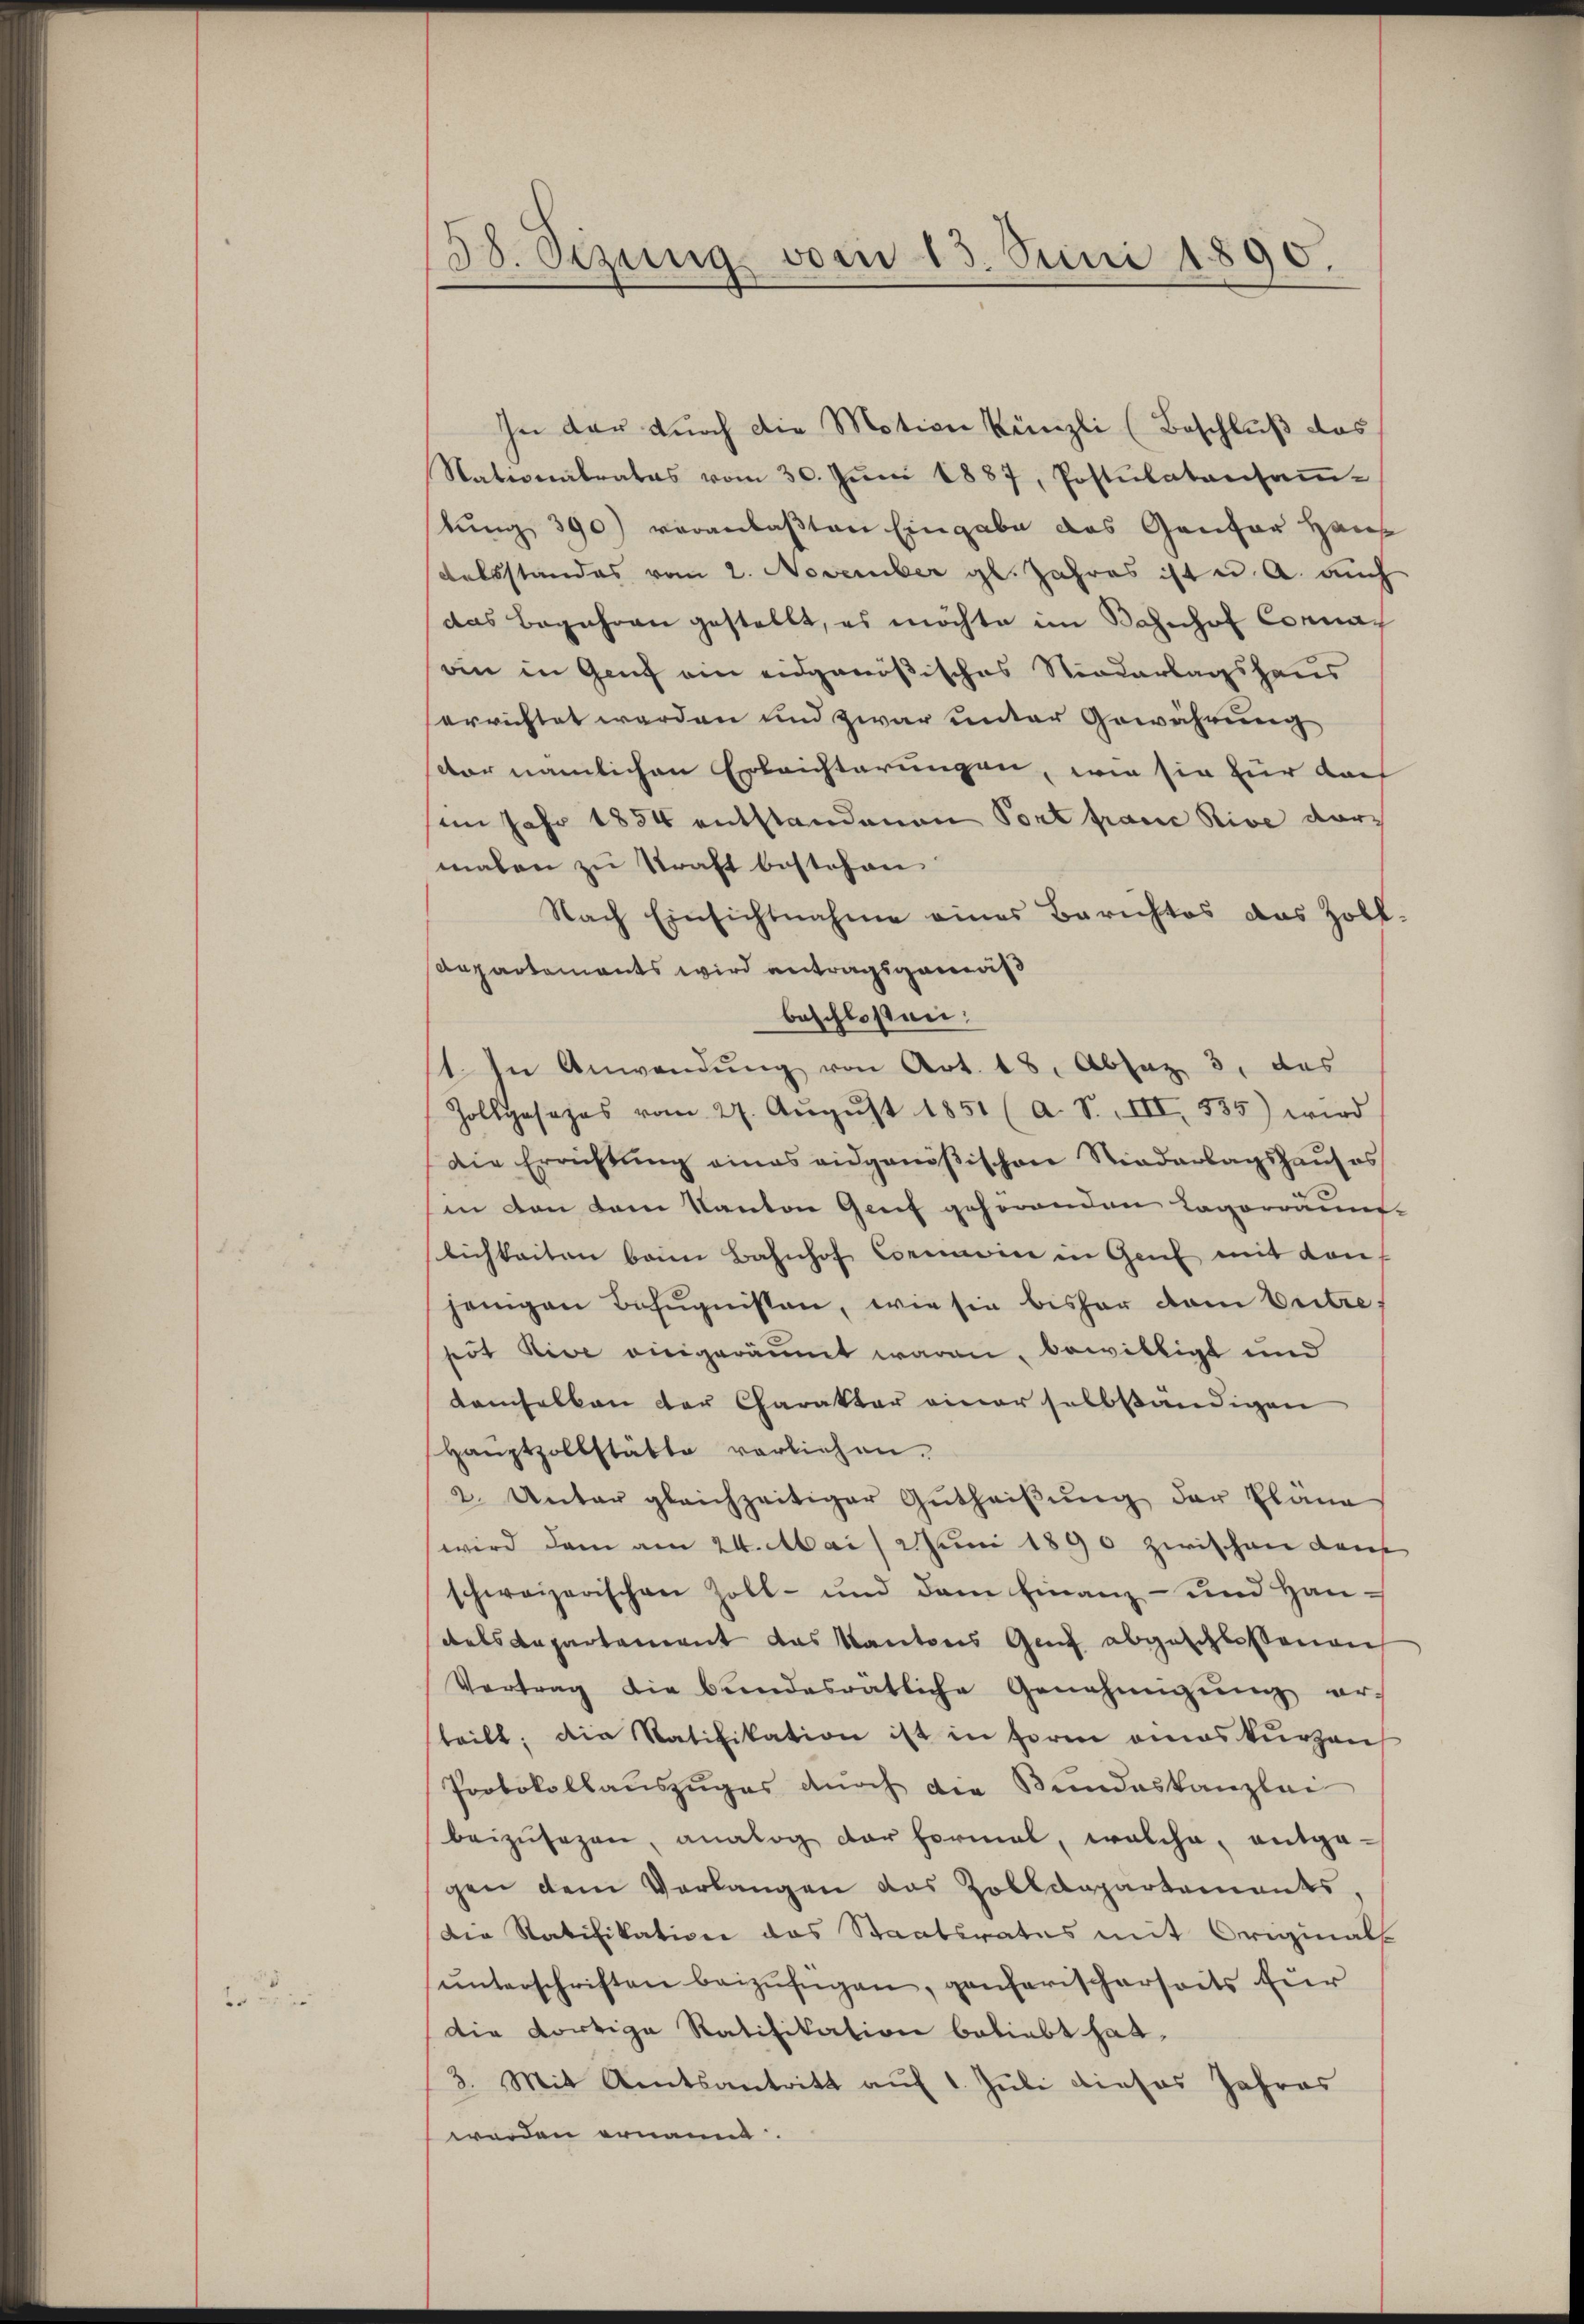
6

38. Sezung vom 13. Juni 1890.

In der durch die Motion Künzli (Beschluß das
Nationalrates vom 30. Juni 1887, Postulatansamm-
stung 390) veranlaßten Eingabe das Ganzer Haus
dalsstandes vom 2. November gl. Jahres ist u. a. auch
das Begehren gestellt, es möchte im Bahnhof Connan
an in Genf ein eidgenößisches Niederlagshaus
errichtet werden und zwar unter Gewährung
vor nämlichen Erleichterungen, wie sie für daf
im Jahr 1854 entstandenen Port fraue Rive vormalen zu Kraft bestehen
Nach Einsichtnahme eines Berichtes das Zoll-
Departements wird antragsgemäß
beschlossen:
st. In Anwendŭng von Art. 18. Absaz 3. das
Zollgosapas vom 27. Aŭgŭst 1851 (a. S. III, 535) wird
Die Errichtung eines eidgenößischen Stiederlagshaus es
in von dem Kanton Genf gehörenden Lagorräunt-
lichkeiten beim Bahnhof Convice in Genf mit den
jenigen Bezŭgnissen, wie sie bisher dem Pritze
sit dive einigeräumt waren, bewilligt und
damselben der Charakter einer selbständigen
Haŭptzollstätte vorliehen.
2. Unter gleichzeitiger Gŭtheiβŭng der Pläne
wird dem am 24. Mai uni 1890 zwischen dans
schweizerischen Zoll- und dem Finanz- und Han-
dels Repartement das Kantons Gut abgeschlossenen
Vertrag die bundesrätliche Genehmigŭng erteilt; die Ratifikation ist in Form eines kurzen
Protokollauszuges durch die Bundeskanzlei
beizŭsezen, analog dar formal, welche, entga-
gen dem Verlangen das Zolldepartements.
Die Ratifikation das Staatsrates mit Originals
ŭnterschriften beizufügen, ganferischerseits für
die dortige Ratifikation beliebt hat,
3. Mit Rentsantritt auf 1. Juli dieses Jahres
worden ernannt.